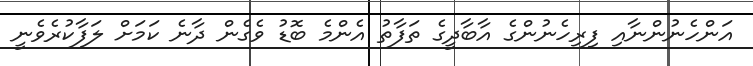
އަންހެނުންނާއި ފިރިހެނުންގެ އާބާދީގެ ތަފާތު އެންމެ ބޮޑު ވެގެން ދާނެ ކަމަށް ލަފާކުރެވެނީ